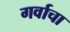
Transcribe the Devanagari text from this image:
गर्वाचा